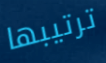
ترتيبها